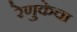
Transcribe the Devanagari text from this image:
रेणुकेचा